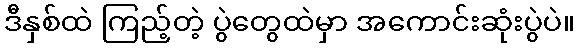
ဒီနှစ်ထဲ ကြည့်တဲ့ ပွဲတွေထဲမှာ အကောင်းဆုံးပွဲပဲ။